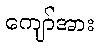
ကျော်အား